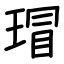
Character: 瑁